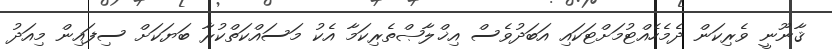
ޤާނޫނީ ވެރިކަން ދެމެހެއްޓުމަށްޓަކައި އަބަދުވެސް އިޚްލާޞްތެރިކަމާ އެކު މަސައްކަތްކުރާ ބަޔަކަށް ސިފައިން މިއަދު